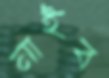
নাইব